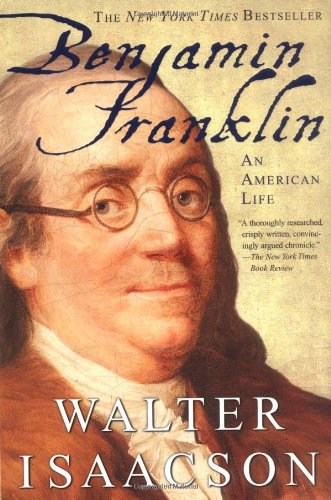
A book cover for Benjamin Franklin: An American Life; Walter Isaacson; Biographies & Memoirs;